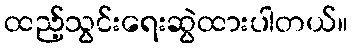
ထည့်သွင်းရေးဆွဲထားပါတယ်။